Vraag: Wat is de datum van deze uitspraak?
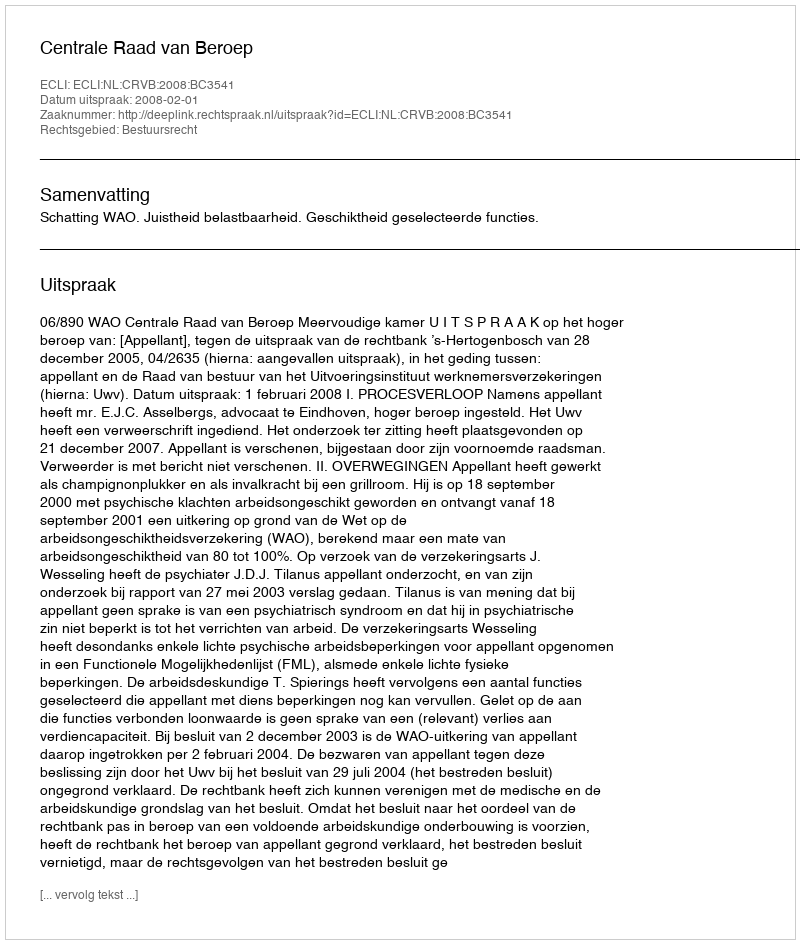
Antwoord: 2008-02-01